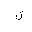
Letter: _ya